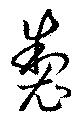
製